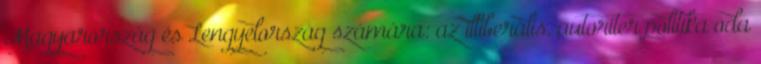
Magyarország és Lengyelország számára: az illiberális, autoriter politika oda